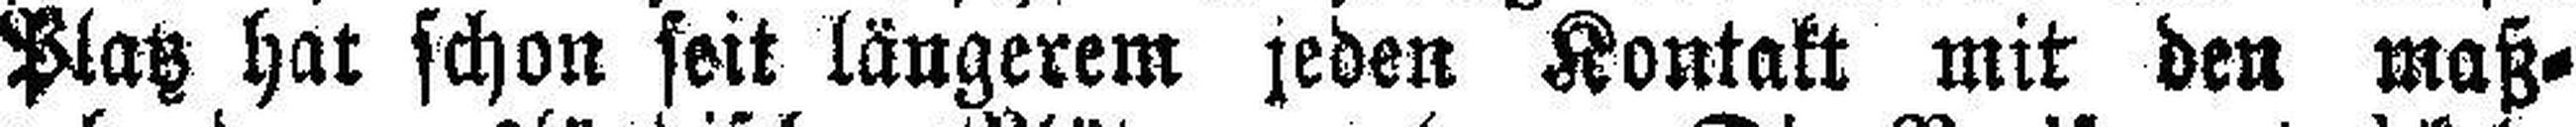
Platz hat schon seit längerem jeden Kontakt mit den maß¬